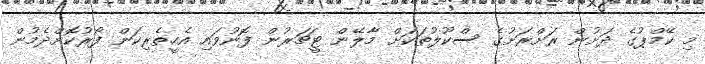
މި ކޭމްޕުގެ ދަށުން ރަށްރަށުގެ ސްކޫލުތަކަށް މާލޭން ޓީޗަރުން ފޮނުވައި އެހީތެރިކަން ފޯރުކޮށްދެމުން